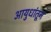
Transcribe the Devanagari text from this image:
आयुधांतून